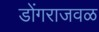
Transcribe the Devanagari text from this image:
डोंगराजवळ